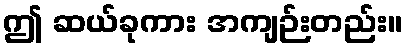
ဤ ဆယ်ခုကား အကျဉ်းတည်း။